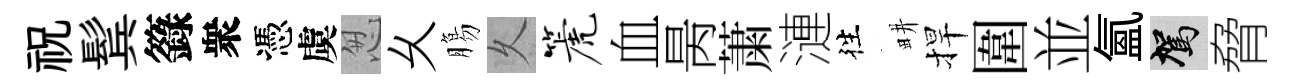
祝鬂籙衆憑虞怱乆膓乆篪血昺䔥漣徃畊捍圍並氳駕脅